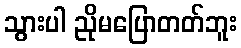
သွားပါ ညိုမပြောတတ်ဘူး